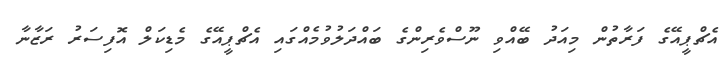
އެޗްޕީއޭގެ ފަރާތުން މިއަދު ބޭއްވި ނޫސްވެރިންގެ ބައްދަލުވުމެއްގައި އެޗްޕީއޭގެ މެޑިކަލް އޮފިސަރު ރަޒާނާ